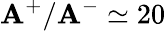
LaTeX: \mathbf{A}^{+}/\mathbf{A}^{-}\simeq20